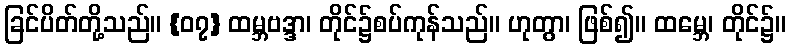
ခြင်ပိတ်တို့သည်။ {၀၇} ထမ္ဘဗဒ္ဒာ၊ တိုင်၌စပ်ကုန်သည်။ ဟုတွာ၊ ဖြစ်၍။ ထမ္ဘေ၊ တိုင်၌။